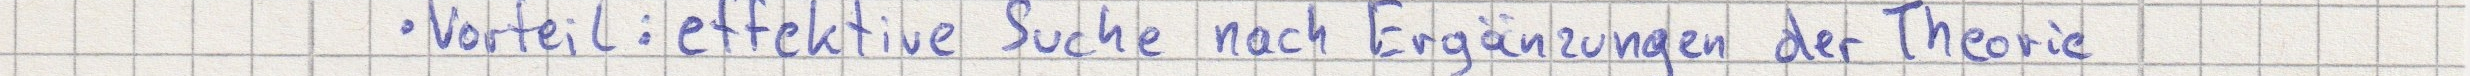
Vorteil: effektive Suche nach Ergänzungen der Theorie